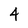
Character: 4